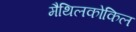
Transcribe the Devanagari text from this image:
मैथिलकोकिल